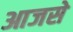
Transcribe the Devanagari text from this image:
आजसे